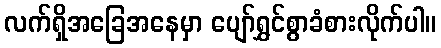
လက်ရှိအခြေအနေမှာ ပျော်ရွှင်စွာခံစားလိုက်ပါ။